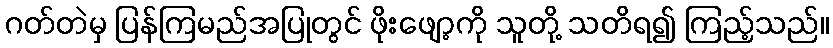
ဂတ်တဲမှ ပြန်ကြမည်အပြုတွင် ဖိုးဖျော့ကို သူတို့ သတိရ၍ ကြည့်သည်။